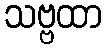
သဗ္ဗထာ